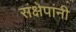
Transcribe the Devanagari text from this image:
संक्षेपांनी